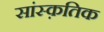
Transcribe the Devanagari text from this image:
सांस्‍क़तिक